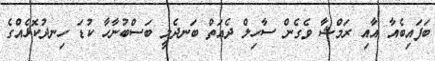
ބަފައިބެއާ އާއި ރަމްޝާ ވެގެން ސާހިލް ދެއަތް ބަނދެލީ ބަސްބުނާހާ ކުޑަ ހިނދުކޮޅެއްގެ